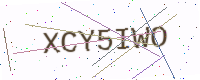
Text: XCY5IWO